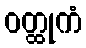
ဝတ္ထုကံ